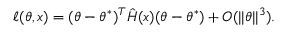
\ell ( \theta , x ) = ( \theta - \theta ^ { * } ) ^ { T } \hat { H } ( x ) ( \theta - \theta ^ { * } ) + O ( | | \theta | | ^ { 3 } ) .